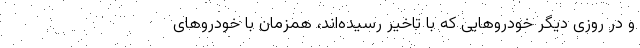
و در روزی دیگر خودروهایی که با تاخیر رسیده‌اند، همزمان با خودروهای